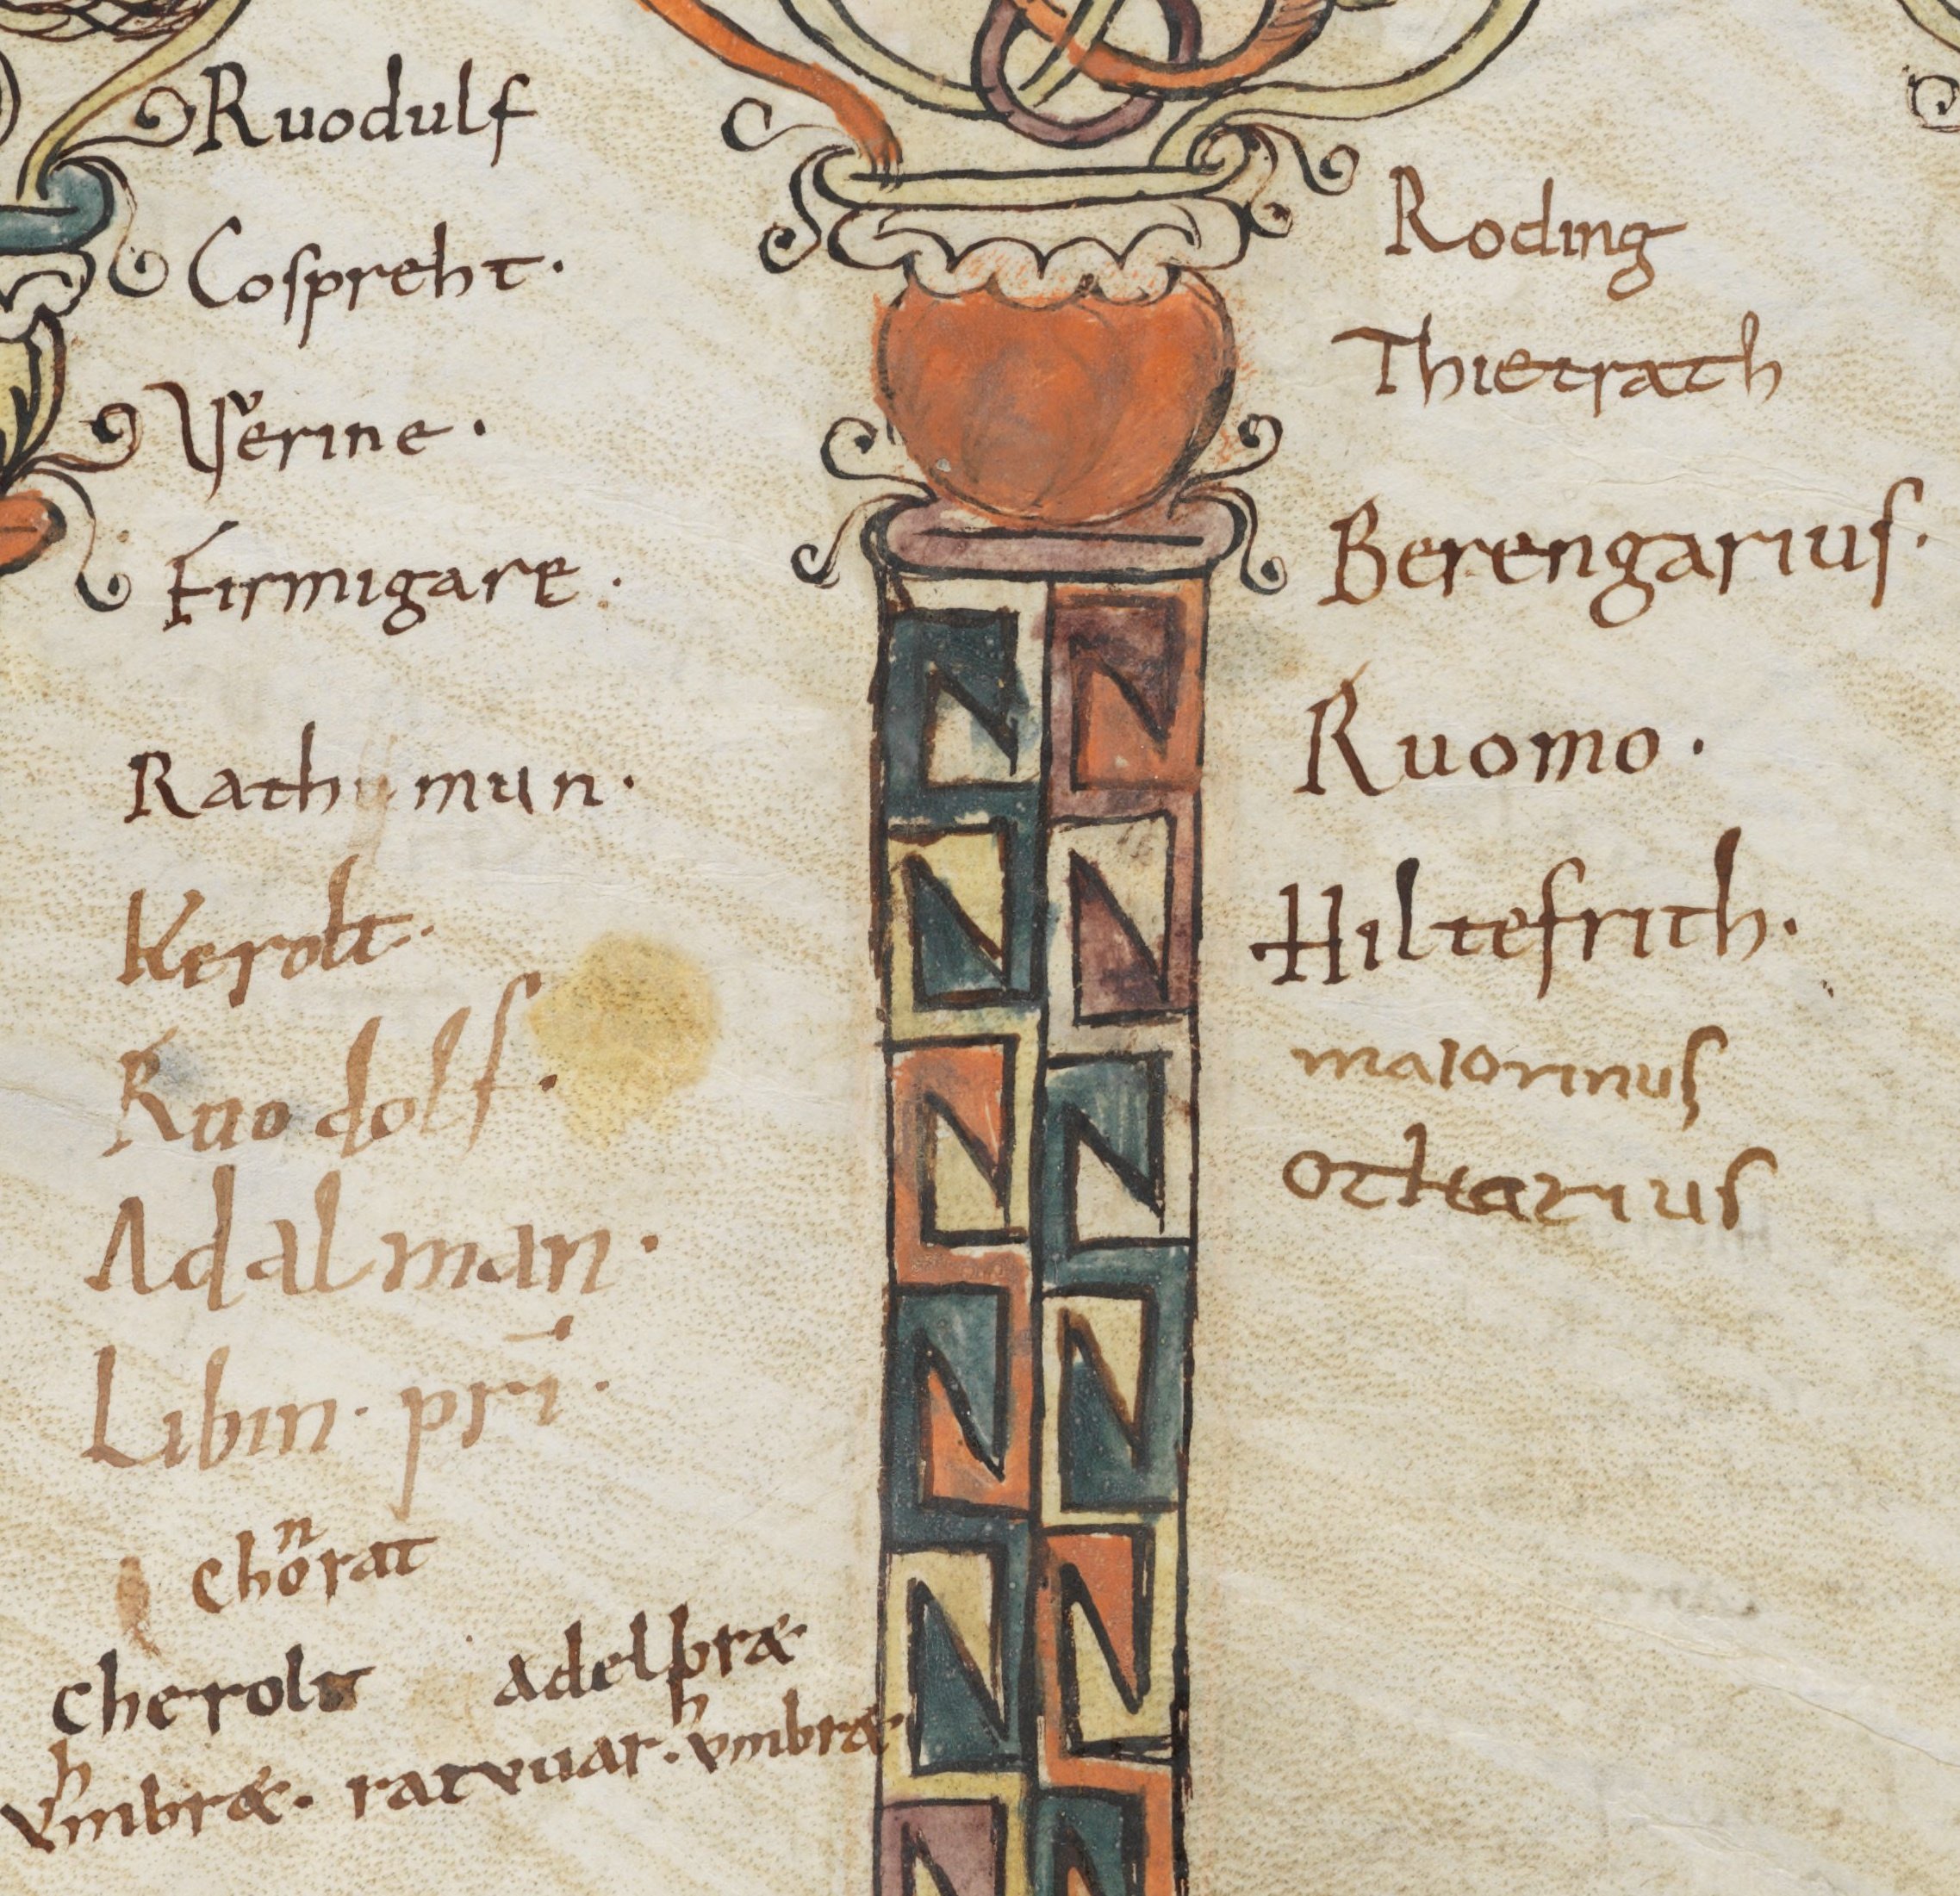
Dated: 800–1399